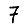
Digit: 7